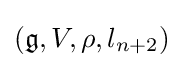
({\mathfrak {g}},V,\rho ,l_{n+2})